Bréfritari: Sigríður Pálsdóttir
Viðtakandi: Páll Pálsson
Dagsetning: A-1859-08-06
Skrifað á: Hraungerði  Árn.
Páll var bróðir Sigríðar

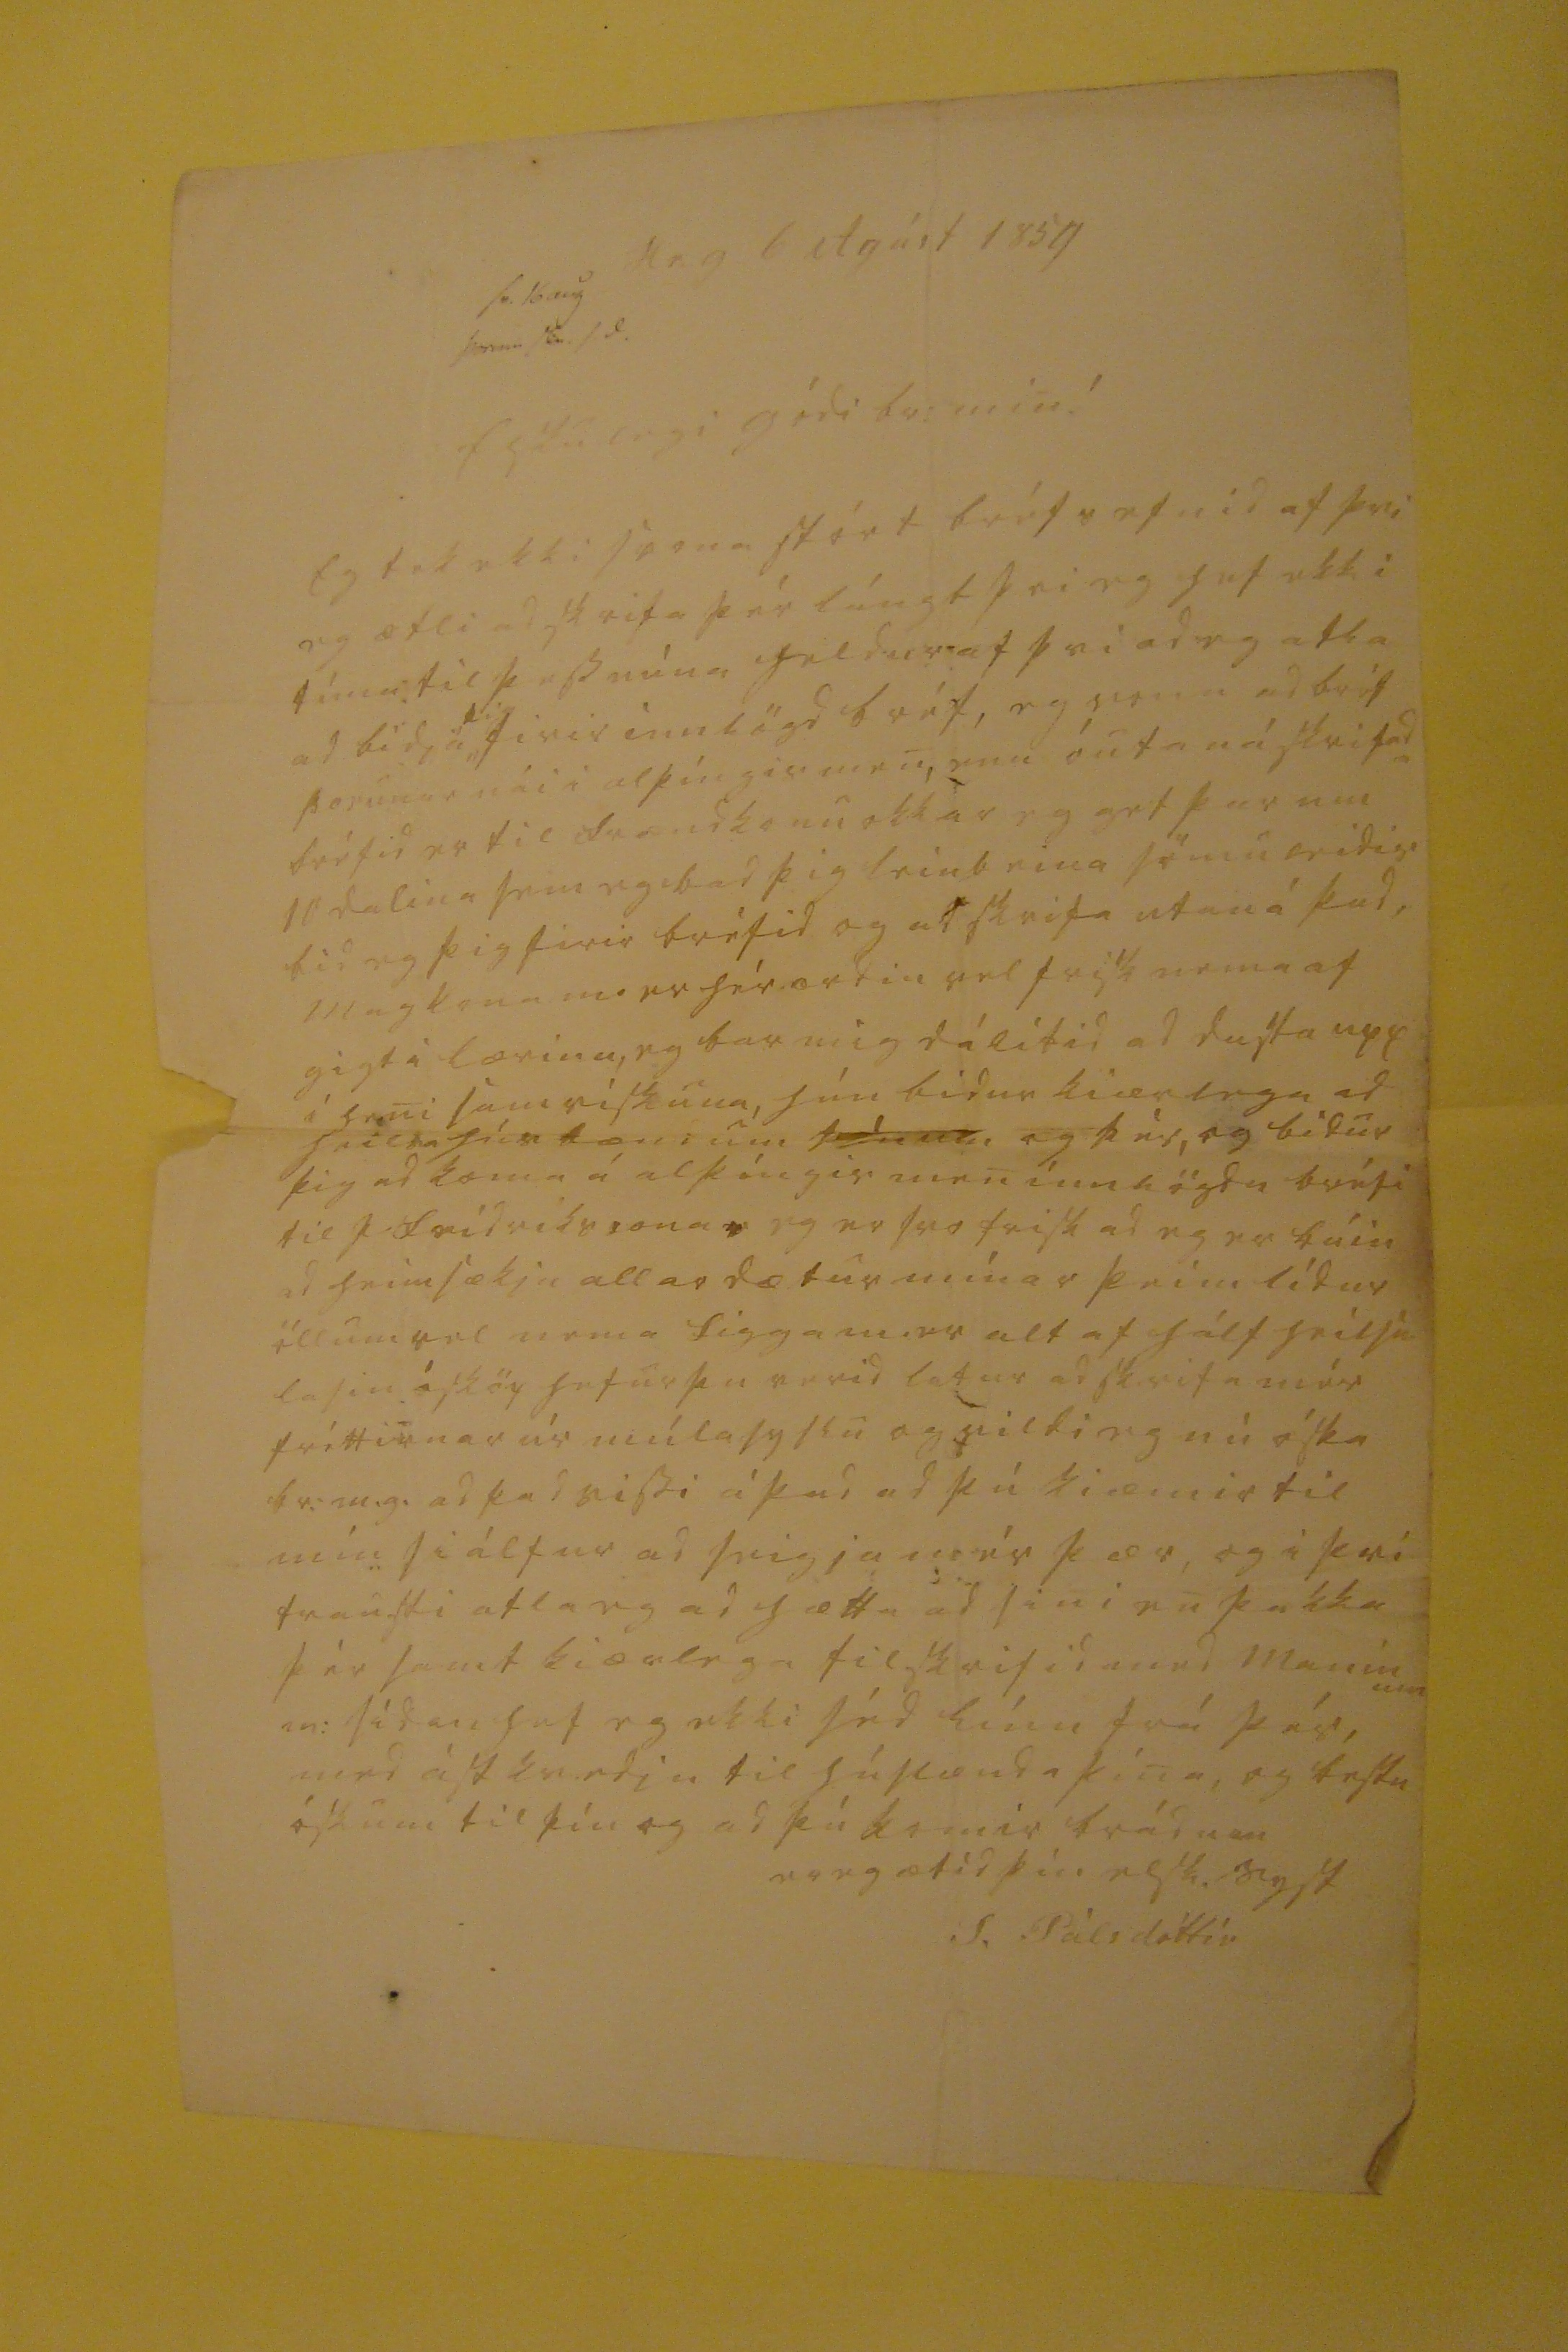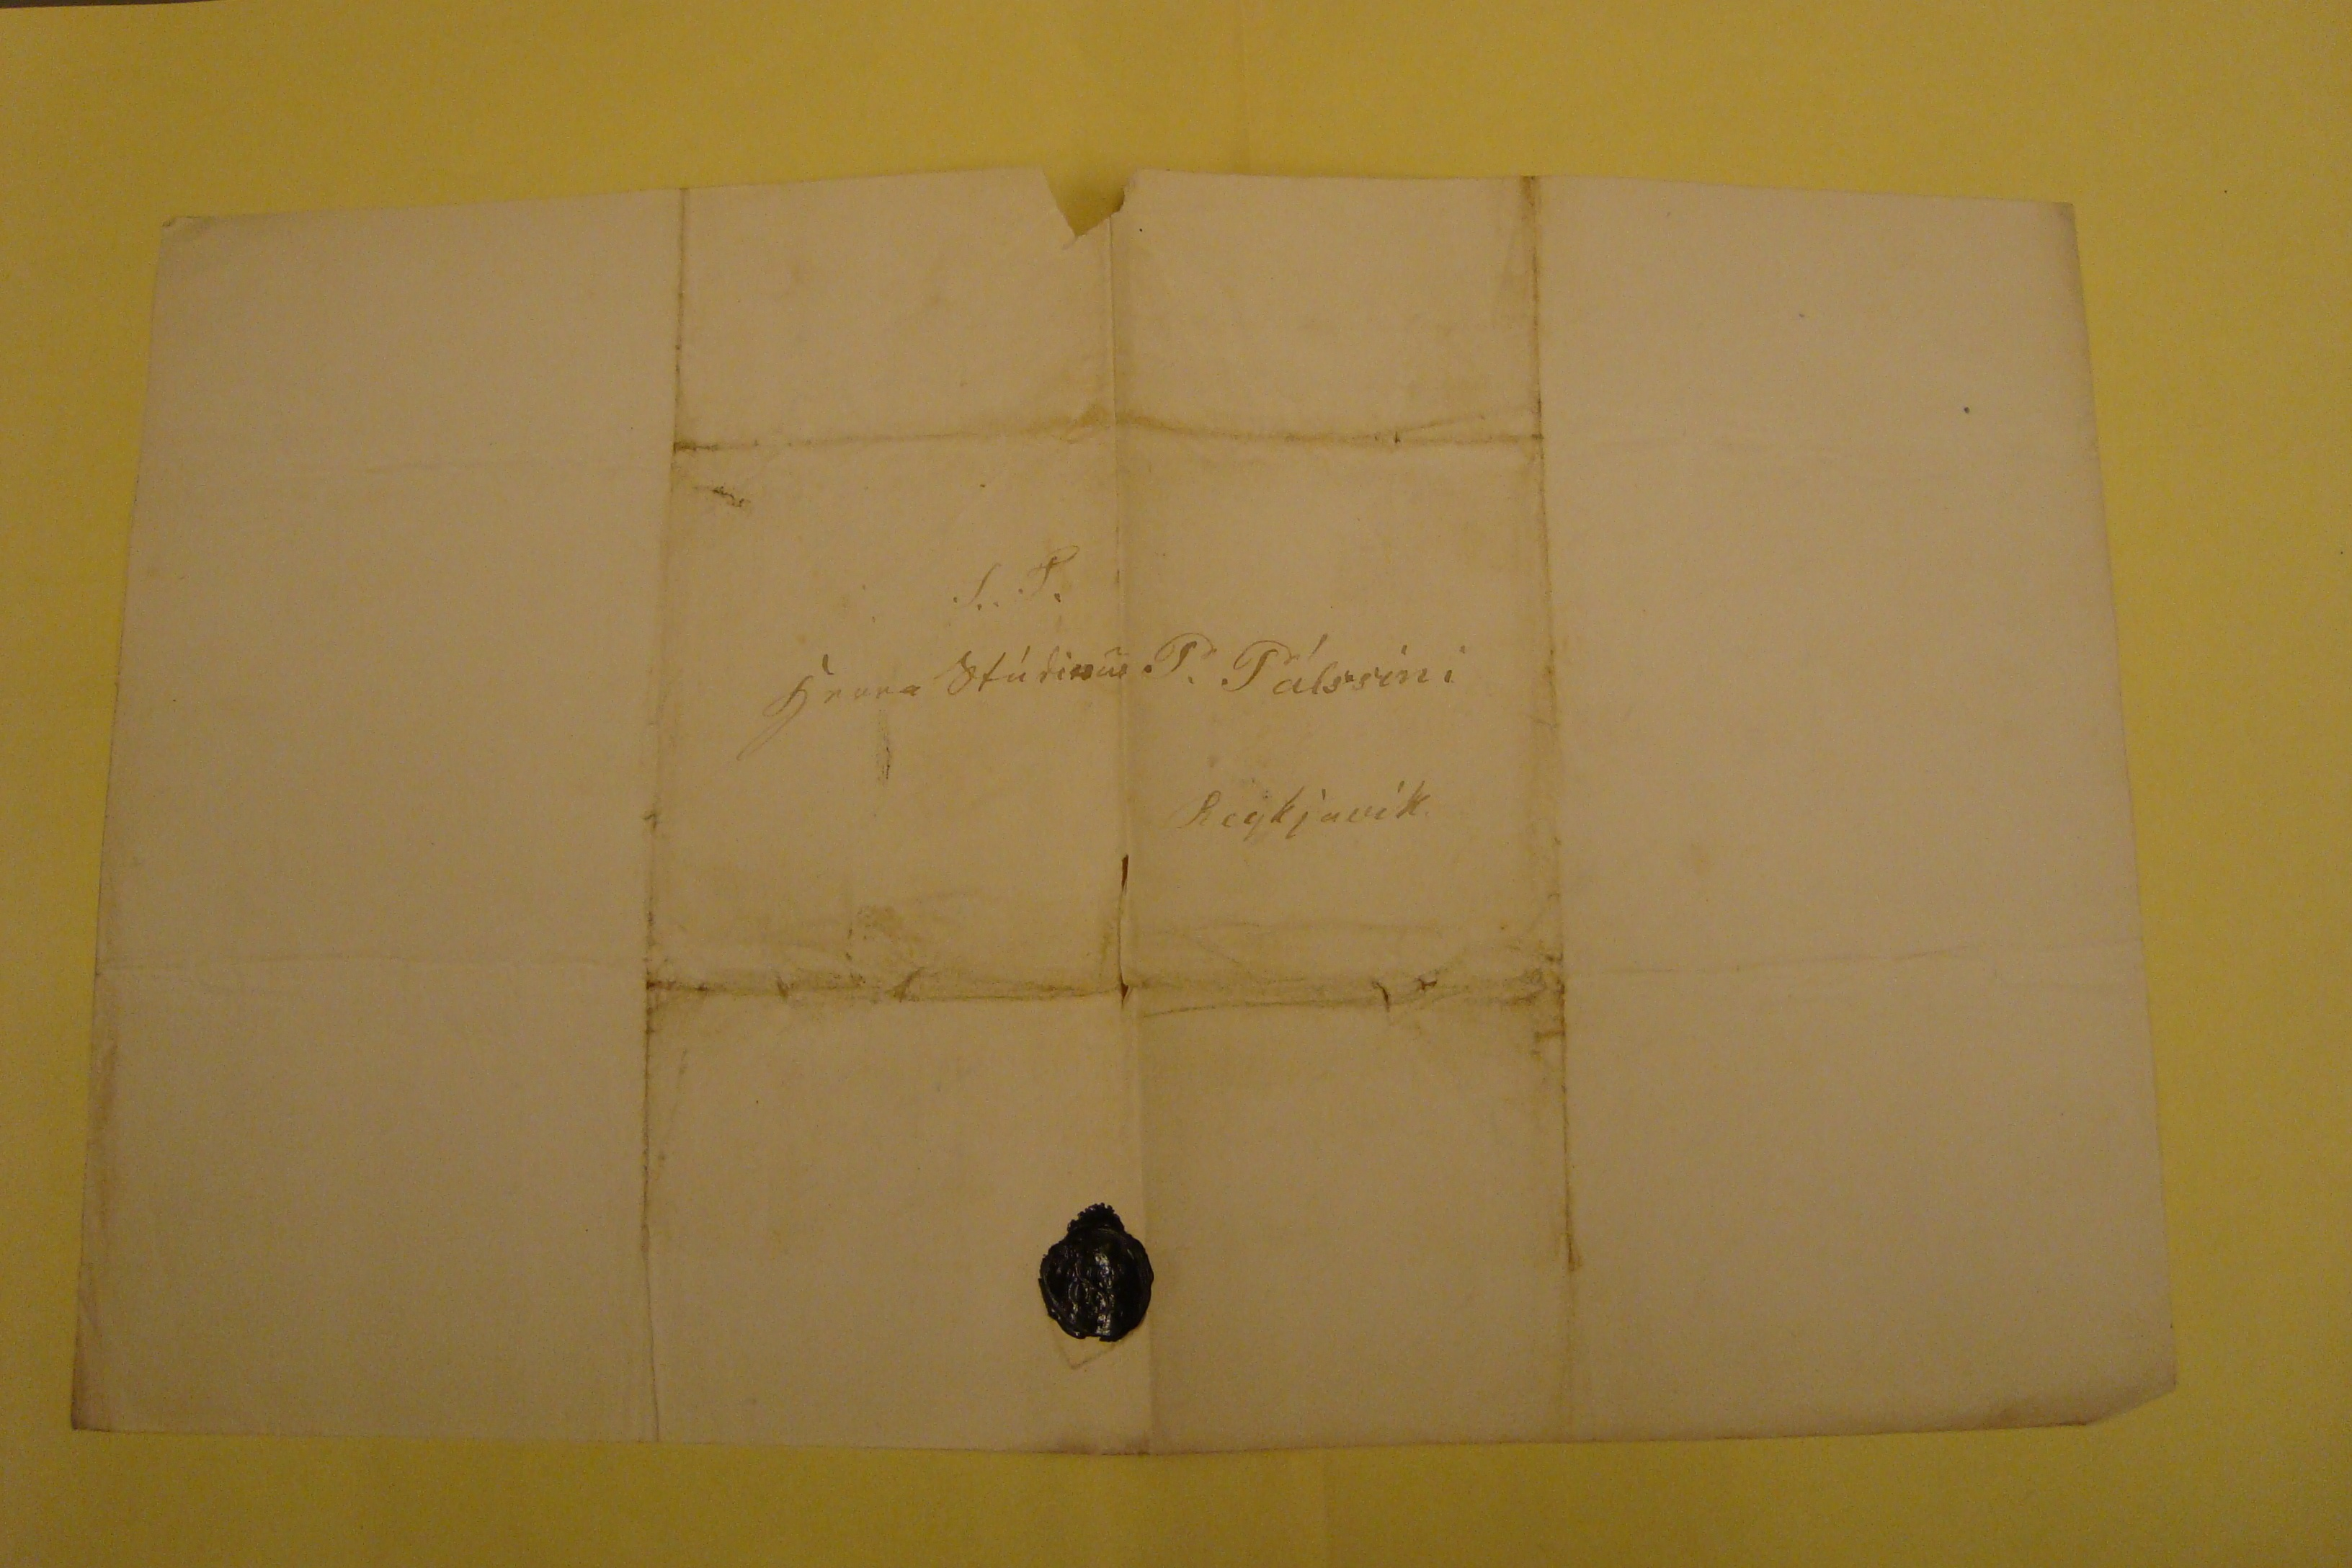

Hr.g 6 Agúst 1859
sv. 16 aug Þorun 000. / d.
Elskulegi gódi br: min!
Eg tek ekki svona stórt bréfsefnid af þvi eg ætli ad skrifa þér lángt þvi eg hef ekki tíma til þess núna heldur af þvi ad eg atla ad bidja
þig
firir innlögd bréf, eg vona ad bréf Þorunar nái i alþúngir men, enn óutaná skrifada bréfid er til frændkonu okkar eg gef þér um 11 dalina sem eg bad þig
leinbeina
sömuleidis bid eg þig firir bréfid og ad skrifa utan á þad, magkona m er hér ordin vel frisk nema af gigt i lærinu, eg bar mig dálítid ad dusta upp á heni samviskuna, hún bidur kiærlega ad heilsa húsbændum
þínum
og þér, og bidur þig ad koma á
alþíngis men úm
lögdu bréfi til
Þ. Fridrikssonar
eg er svo frisk ad eg er búin ad heimsækja allar dætur mínar þeim lídur öllum vel nema Sigga m. er altaf hálfheilsu lasin ósköp hefur þu verid latur ad skrifa mér fréttirnar úr múlasyslu og vili eg nú óska br.m.g. ad þad vissi á þad ad þú kiæmir til mín siálfur ad seigja mér þær, og i þvi trausti atla eg ad hætta ad sini en þakka þér samt kiærlega tilskrifid med maninum m: sídan hef eg ekki séd línu frá þér, med ástkvedju til húsbænda þína, og bestu óskum til þín og ad þú komir brádum
er eg ætíd þín elsk. syst
S. Pálsdóttir
S. T. Herra Stúdiosus Pl Pálssini Reykjavík